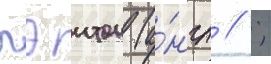
пэитон (а́нгл // ;